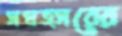
সম্বত্সরের